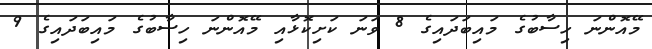
މޭއޮންނަ ހިސާބުގެ މައިބަދައިގެ 8 ވަނަ ކަށިކޮޅާއި މޭއޮންނަ ހިސާބުގެ މައިބަދައިގެ 9